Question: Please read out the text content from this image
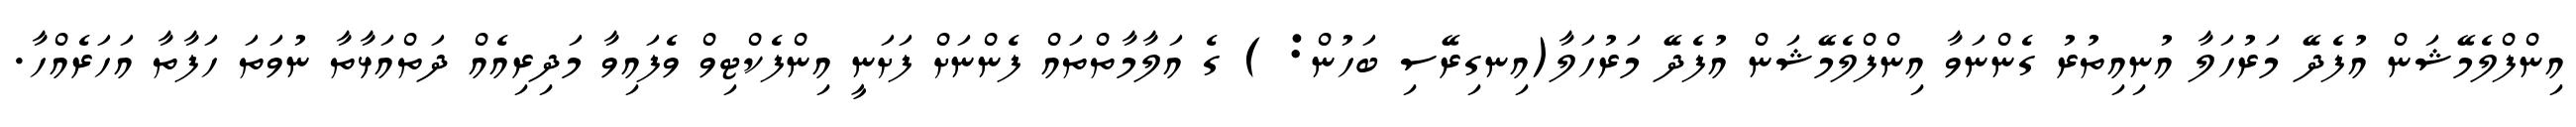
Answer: އިންފްލެމޭޝަން އުފެދޭ މަރުހަލާ އުނިއިތުރު ގެންނަވާ އިންފްލެމޭޝަން އުފެދޭ މަރުހަލާ(އިނގިރޭސި ބަހުން: ) ގެ އަލާމާތްތައް ފެންނަށް ފަށަނީ އިންފެކްޓިވް ވެފައިވާ މަދިރިއެއް ދަތްއަޅާތާ ނުވަތަ ހަފާތާ އަހަރެއްހާ.